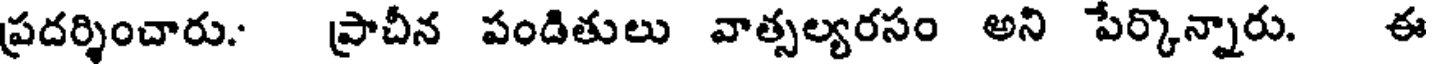
ప్రదర్శించారు. ప్రాచీన పండితులు వాత్సల్యరసం అని పేర్కొన్నారు. ఈ